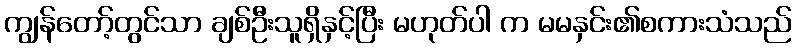
ကျွန်တော့်တွင်သာ ချစ်ဦးသူရှိနှင့်ပြီး မဟုတ်ပါ က မမနှင်း၏စကားသံသည်